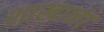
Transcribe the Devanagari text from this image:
शाखाना